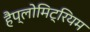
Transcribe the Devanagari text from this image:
हैप्लोमिट्रियम